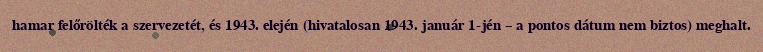
hamar felőrölték a szervezetét, és 1943. elején (hivatalosan 1943. január 1-jén – a pontos dátum nem biztos) meghalt.